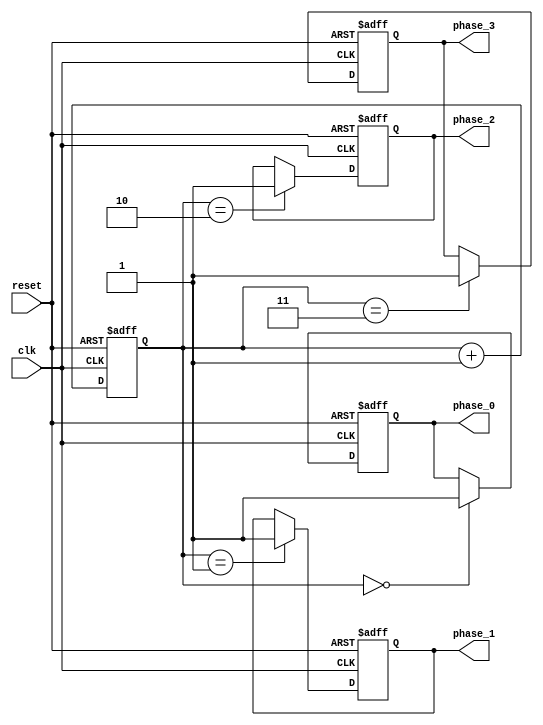
module multi_phase_clock_divider (
    input wire clk,
    input wire reset,
    output wire phase_0,
    output wire phase_1,
    output wire phase_2,
    output wire phase_3
);

reg [1:0] div_counter;
reg phase_0_reg, phase_1_reg, phase_2_reg, phase_3_reg;

always @(posedge clk or posedge reset) begin
    if (reset) begin
        div_counter <= 2'b00;
        phase_0_reg <= 1'b0;
        phase_1_reg <= 1'b0;
        phase_2_reg <= 1'b0;
        phase_3_reg <= 1'b0;
    end else begin
        div_counter <= div_counter + 1;
        case (div_counter)
            2'b00: begin
                phase_0_reg <= 1'b1;
            end
            2'b01: begin
                phase_1_reg <= 1'b1;
            end
            2'b10: begin
                phase_2_reg <= 1'b1;
            end
            2'b11: begin
                phase_3_reg <= 1'b1;
            end
        endcase
    end
end

assign phase_0 = phase_0_reg;
assign phase_1 = phase_1_reg;
assign phase_2 = phase_2_reg;
assign phase_3 = phase_3_reg;

endmodule